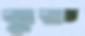
ঝুরু